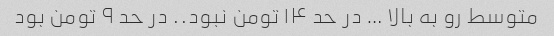
متوسط رو به بالا … در حد ۱۴ تومن نبود.. در حد ۹ تومن بود